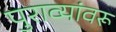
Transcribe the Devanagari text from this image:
पुराव्यांवरू